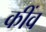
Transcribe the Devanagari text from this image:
कींव